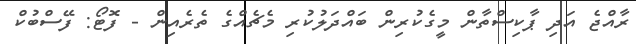
ރާއްޖެ އަދި ޕާކިސްތާން މީގެކުރިން ބައްދަލުކުރި މެޗެއްގެ ތެރެއިން - ފޮޓޯ: ފޭސްބުކް